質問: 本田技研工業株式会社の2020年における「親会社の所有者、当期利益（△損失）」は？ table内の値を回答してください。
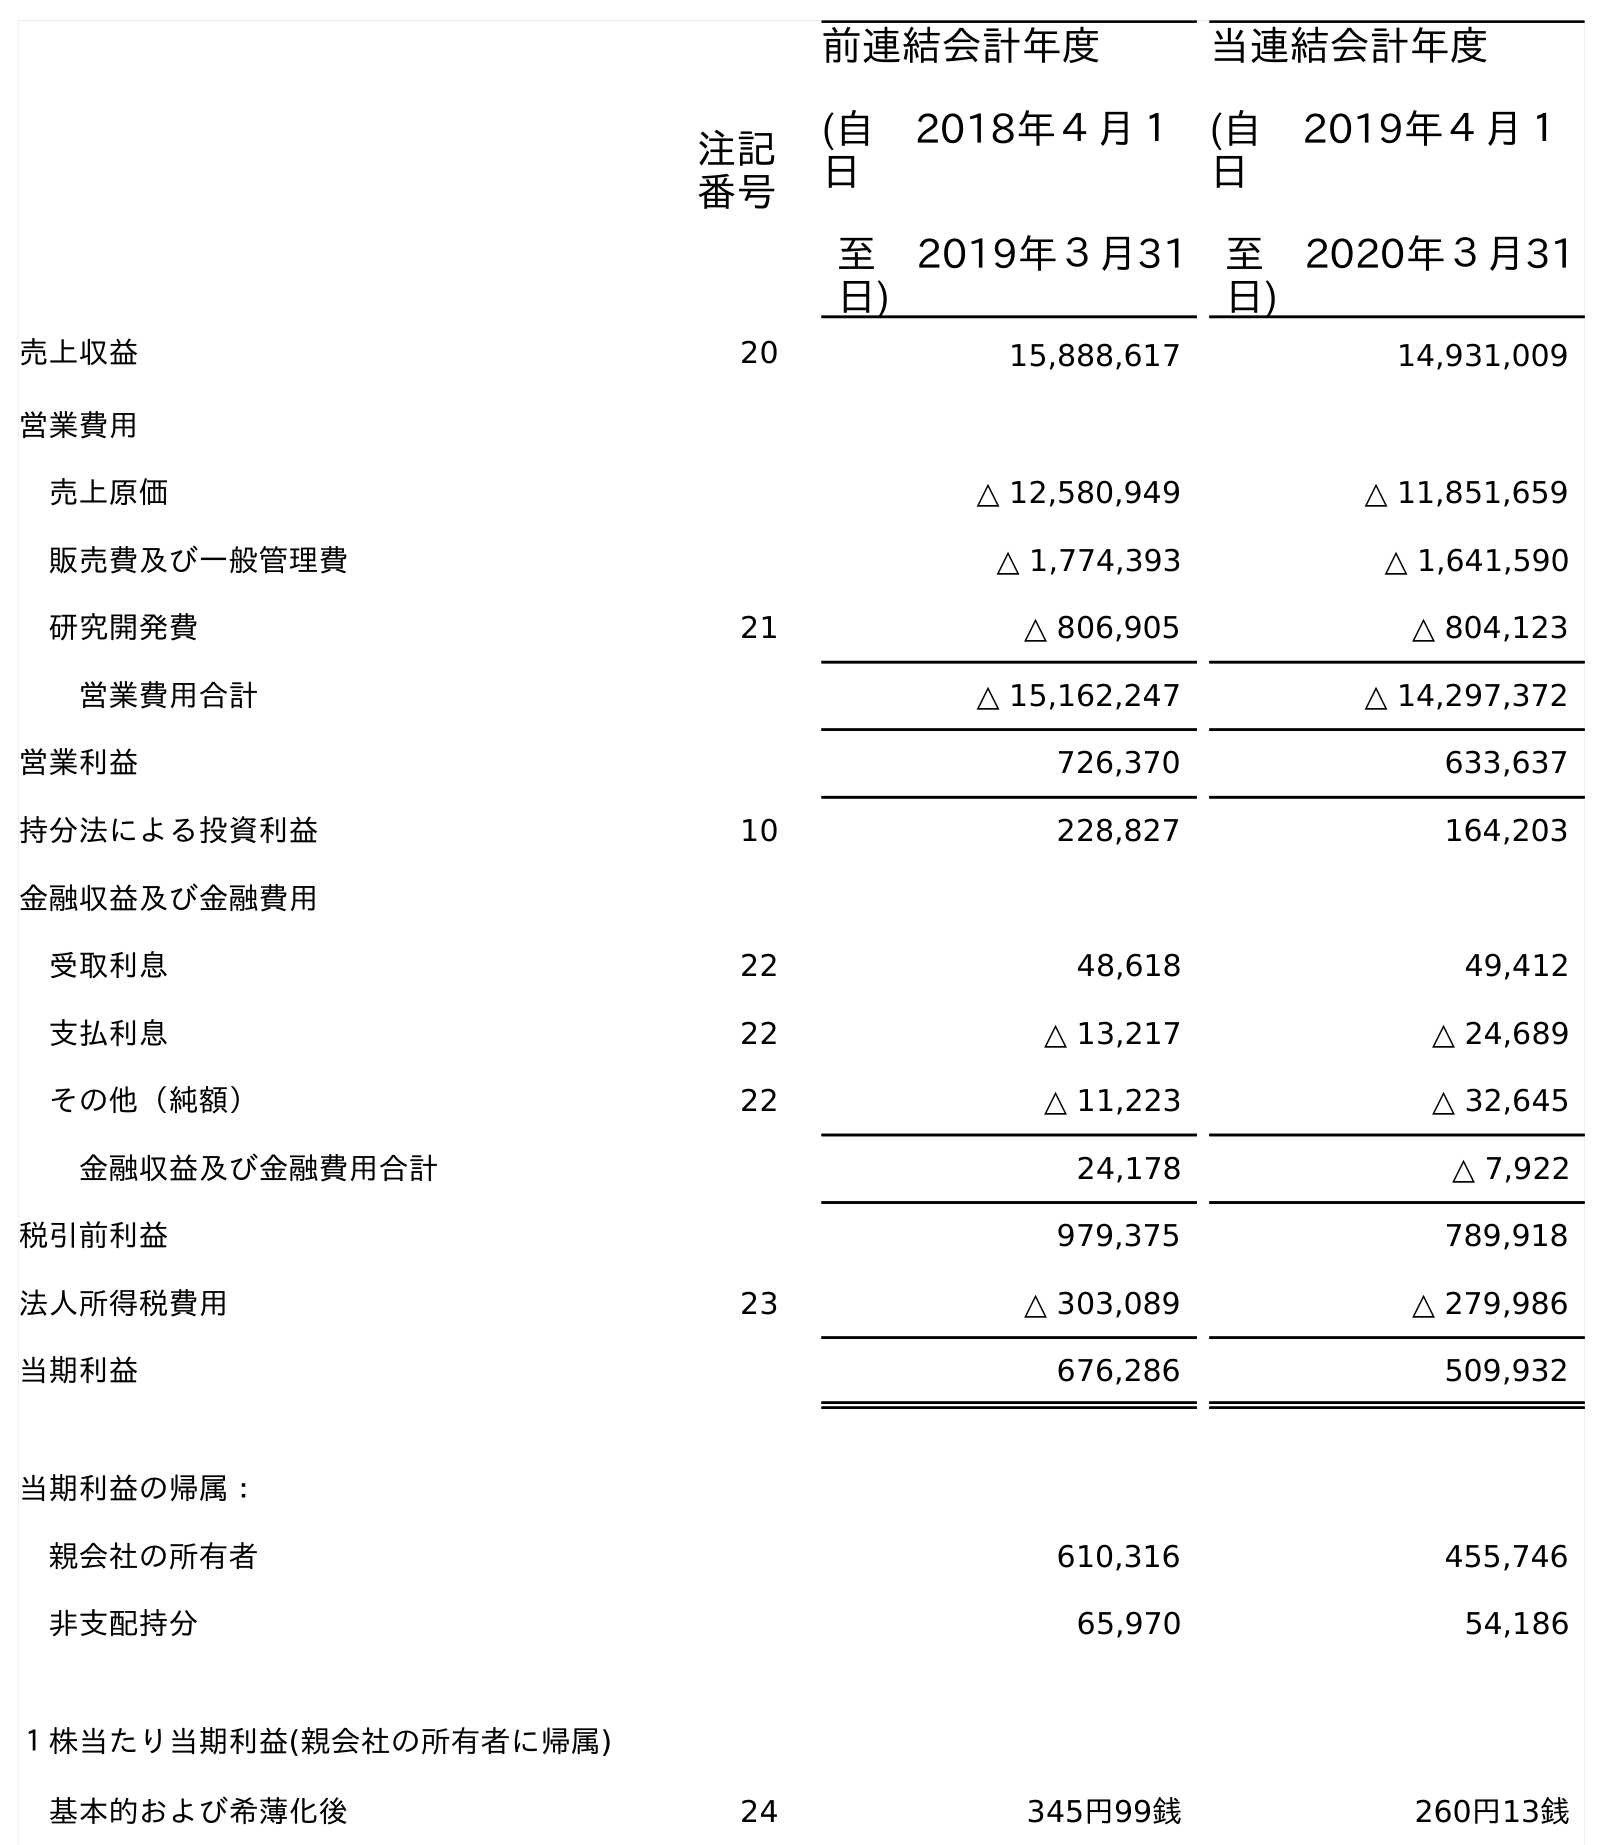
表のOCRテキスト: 注記 番号 前連結会計年度 (自 2018年４月１ 日 至 2019年３月31 日) 当連結会計年度 (自 2019年４月１ 日 至 2020年３月31 日) 売上収益 20 15,888,617 14,931,009 営業費用 売上原価 △ 12,580,949 △ 11,851,659 販売費及び一般管理費 △ 1,774,393 △ 1,641,590 研究開発費 21 △ 806,905 △ 804,123 営業費用合計 △ 15,162,247 △ 14,297,372 営業利益 726,370 633,637 持分法による投資利益 10 228,827 164,203 金融収益及び金融費用 受取利息 22 48,618 49,412 支払利息 22 △ 13,217 △ 24,689 その他（純額） 22 △ 11,223 △ 32,645 金融収益及び金融費用合計 24,178 △ 7,922 税引前利益 979,375 789,918 法人所得税費用 23 △ 303,089 △ 279,986 当期利益 676,286 509,932 当期利益の帰属： 親会社の所有者 610,316 455,746 非支配持分 65,970 54,186 １株当たり当期利益(親会社の所有者に帰属) 基本的および希薄化後 24 345円99銭 260円13銭
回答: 455,746